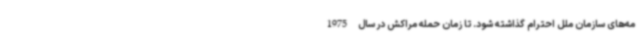
مه‌های سازمان ملل احترام گذاشته شود. تا زمان حمله مراکش در سال 1975